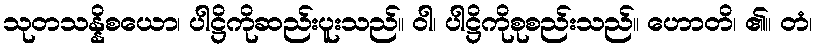
သုတသန္နိစယော၊ ပါဋ္ဌိကိုဆည်းပူးသည်။ ဝါ၊ ပါဋ္ဌိကိုစုစည်းသည်။ ဟောတိ၊ ၏။ တံ၊